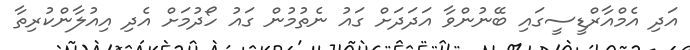
އަދި އެމްއާރްޑީސީގައި ބޭނުންވާ އަދަދަށް ގައު ނެތުމުން ގައު ހޯދުމަށް އެދި އިއުލާންކުރިތާ